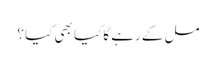
مل کے رہے گا کیا بھی کیا ؟